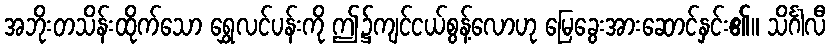
အဘိုးတသိန်းထိုက်သော ရွှေလင်ပန်းကို ဤ၌ကျင်ငယ်စွန့်လောဟု မြေခွေးအားဆောင်နှင်း၏။ သိင်္ဂါလီ